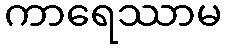
ကာရေဿာမ